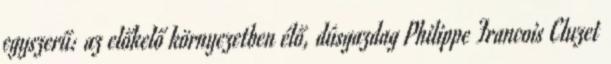
egyszerű: az előkelő környezetben élő, dúsgazdag Philippe Francois Cluzet